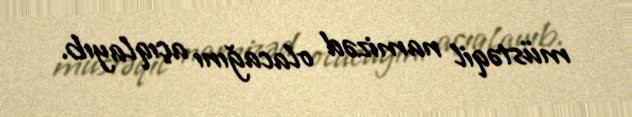
müstəqil namizəd olacağını açıqlayıb.